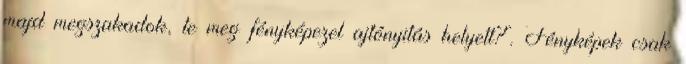
majd megszakadok, te meg fényképezel ajtónyitás helyett?’. Fényképek csak